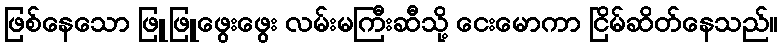
ဖြစ်နေသော ဖြူဖြူဖွေးဖွေး လမ်းမကြီးဆီသို့ ငေးမောကာ ငြိမ်ဆိတ်နေသည်။